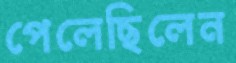
পেলেছিলেন